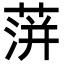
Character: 蓱